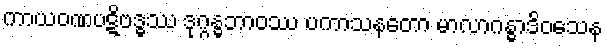
ကာယဝဏပဋိဗဒ္ဓဿ ဒုဂ္ဂန္ဓဘာဝဿ ပကာသနတော မာလာဂန္ဓာဒိဝသေန